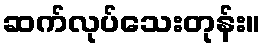
ဆက်လုပ်သေးတုန်း။